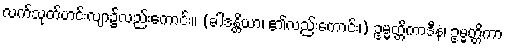
လက်သုတ်ဟင်းလျာ၌လည်းကောင်း။ (ခါဒန္တိယာ၊ ၏လည်းကောင်း၊) ဥမ္မတ္တိကာဒီနံ၊ ဥမ္မတ္တိကာ